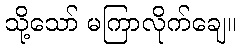
သို့သော် မကြာလိုက်ချေ။